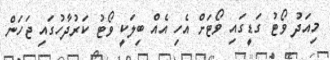
މިއަދު ވޯޓު ގަޑީގައި ވޯޓަށް އެހި އެއް ބިލަކީ ވޯޓު ކަރުދާހުގައި ޖަހަން